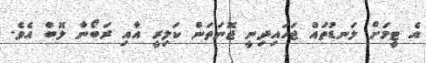
އެ ޓީމަށް ލަނޑުތައް ޖަހައިދިނީ ޖޮނަތަން ކަލިރީ އާއި ރަބޯނާ ލޮބް އެެވެ.